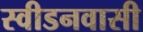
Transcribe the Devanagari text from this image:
स्वीडनवासी